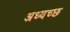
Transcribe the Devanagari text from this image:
अध्यच्छ